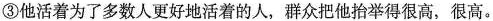
③他活着为了多数人更好地活着的人，群众把他抬举得很高，很高。